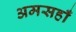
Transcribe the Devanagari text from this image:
अमसहाँ